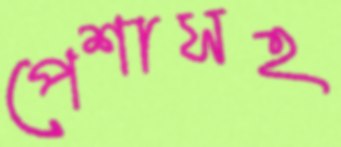
পেশাসহ